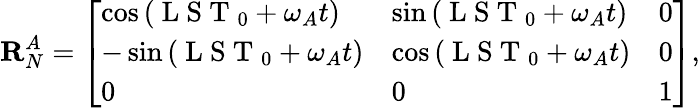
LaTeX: \mathbf{R}_{N}^{A}=\left[\begin{array}{lll}{\cos{(\mathrm{~L~S~T~}_{0}+\omega_{A}t)}}&{\sin{(\mathrm{~L~S~T~}_{0}+\omega_{A}t)}}&{0}\\ {-\sin{(\mathrm{~L~S~T~}_{0}+\omega_{A}t)}}&{\cos{(\mathrm{~L~S~T~}_{0}+\omega_{A}t)}}&{0}\\ {0}&{0}&{1}\end{array}\right],